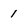
Character: 1